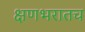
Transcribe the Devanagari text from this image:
क्षणभरातच